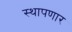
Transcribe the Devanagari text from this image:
स्थापणार